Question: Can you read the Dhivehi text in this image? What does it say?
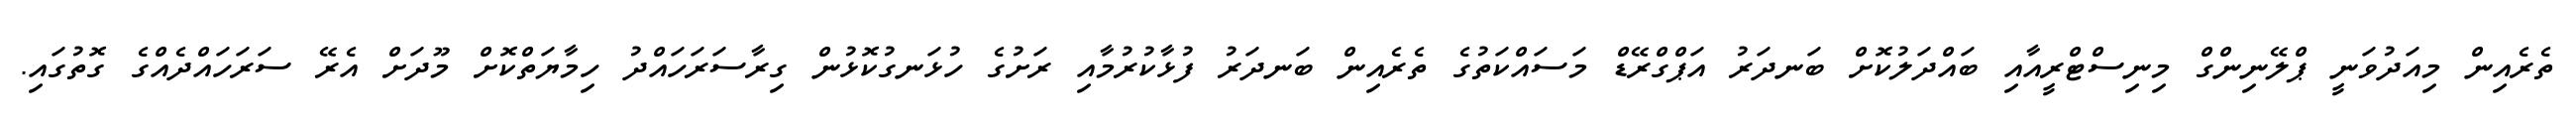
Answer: ތެރެއިން މިއަދުވަނީ ޕްލޭނިންގް މިނިސްޓްރީއާއި ބައްދަލުކޮށް ބަނދަރު އަޕްގްރޭޑް މަސައްކަތުގެ ތެރެއިން ބަނދަރު ފުޅާކުރުމާއި ރަށުގެ ހުޅަނގުކޮޅުން ގިރާސަރަހައްދު ހިމާޔަތްކޮށް މޫދަށް އެރޭ ސަރަހައްދެއްގެ ގޮތުގައި.